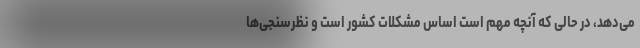
می‌دهد، در حالی که آنچه مهم است اساس مشکلات کشور است و نظرسنجی‌ها